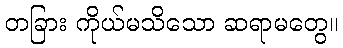
တခြား ကိုယ်မသိသော ဆရာမတွေ။